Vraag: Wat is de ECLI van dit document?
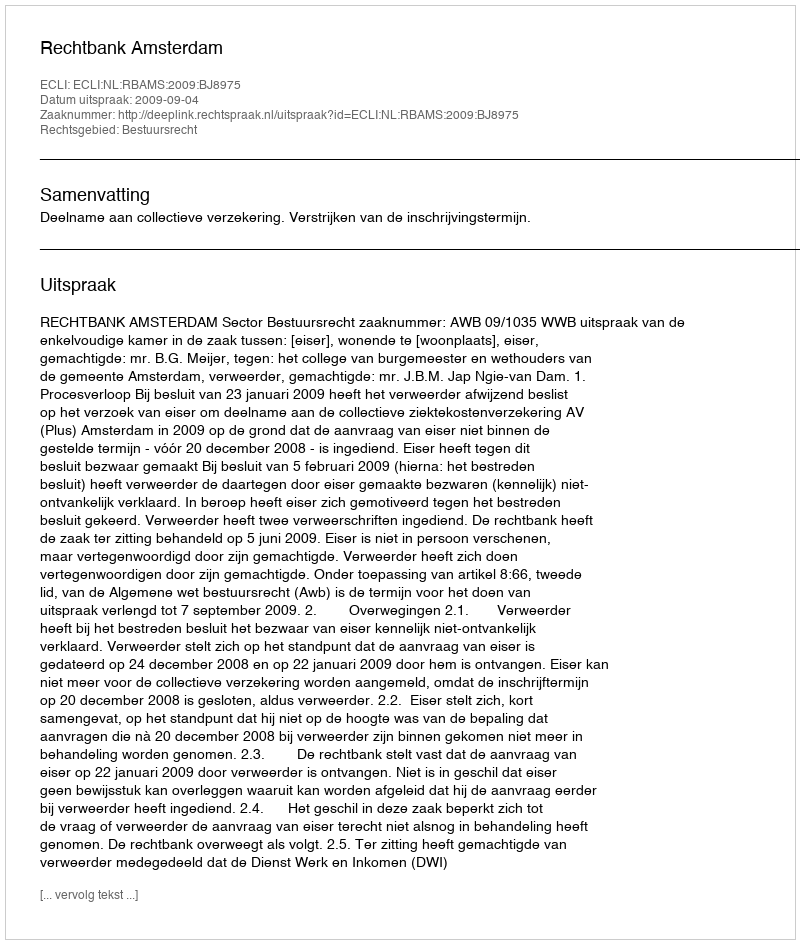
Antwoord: ECLI:NL:RBAMS:2009:BJ8975